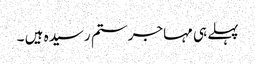
پہلے ہی مہاجر ستم رسیدہ ہیں ۔